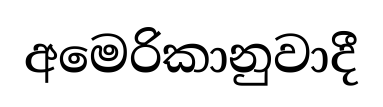
අමෙරිකානුවාදී